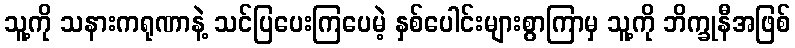
သူ့ကို သနားကရုဏာနဲ့ သင်ပြပေးကြပေမဲ့ နှစ်ပေါင်းများစွာကြာမှ သူ့ကို ဘိက္ခုနီအဖြစ်